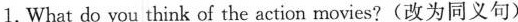
1.What do you think of the action movies?(改为同义句)